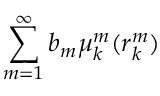
\sum _ { m = 1 } ^ { \infty } b _ { m } \mu _ { k } ^ { m } ( \boldsymbol { r } _ { k } ^ { m } )